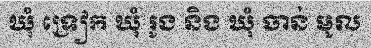
ឃុំ ទ្រៀក ឃុំ រូង និង ឃុំ ចាន់ មូល